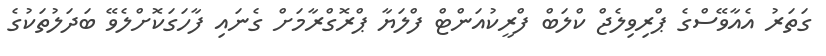
ގަތަރު އެއާވޭސްގެ ޕްރިވިލެޖް ކްލަބް ފްރީކުއަންޓް ފްލަޔާ ޕްރޮގްރާމަށް ގެނައި ފާހަގަކޮށްލެވޭ ބަދަލުތަކުގެ